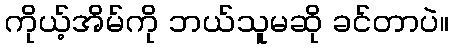
ကိုယ့်အိမ်ကို ဘယ်သူမဆို ခင်တာပဲ။